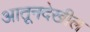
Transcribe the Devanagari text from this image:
आतूनदेखील